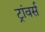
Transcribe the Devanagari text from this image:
ट्रांवर्स